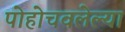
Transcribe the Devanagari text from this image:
पोहोचवलेल्या